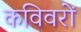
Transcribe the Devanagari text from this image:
कविवरों